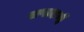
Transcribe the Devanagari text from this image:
सप्तकर्णी